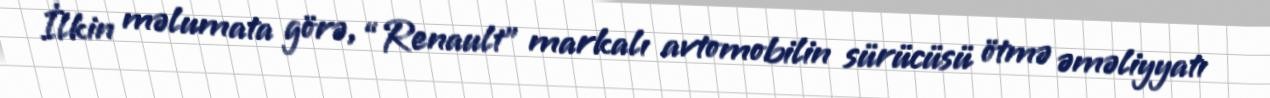
İlkin məlumata görə, “Renault” markalı avtomobilin sürücüsü ötmə əməliyyatı